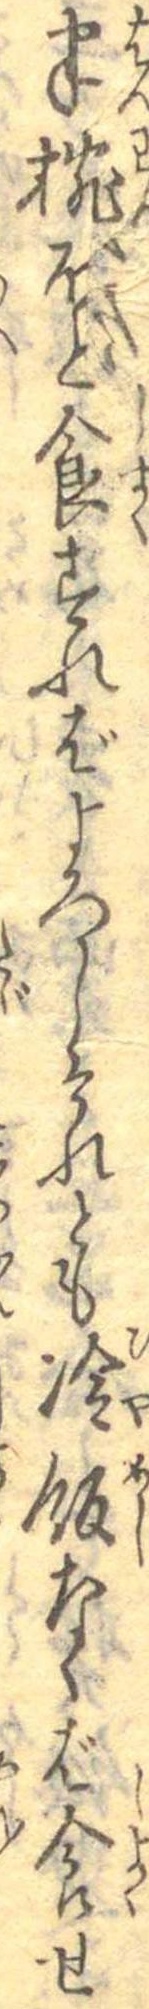
半椀ほと食すればよろしけれとも冷飯なくば食せ